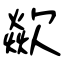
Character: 歘